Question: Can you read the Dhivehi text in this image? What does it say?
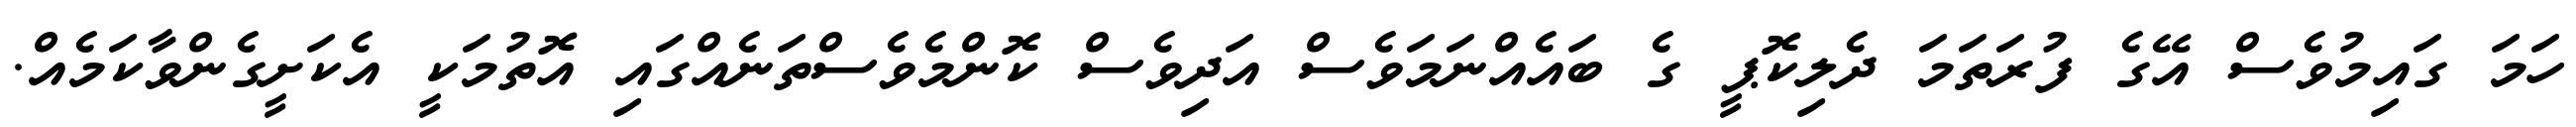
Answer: ހަމަ ގައިމުވެސް އޭގެ ފުރަތަމަ ދެލިކޮޕީ ގެ ބައެއްނަމަވެސް އަދިވެސް ކޮންމެވެސްތަނެއްގައި އޮތުމަކީ އެކަށީގެންވާކަމެއް.